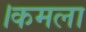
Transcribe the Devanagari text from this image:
।कमला